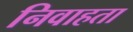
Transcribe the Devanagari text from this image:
निवाहता